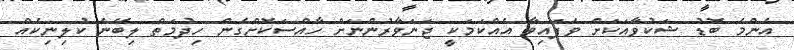
އެންމެ ބޮޑު ޝަކުވާއަކަށް ވެފައިވާ އެއްކަމަކީ ޖަނަވާރުންނަށް ހާއްސަކޮށްގެން ހިދުމަތް ލިބޭނެ ކުލިނިކެއް